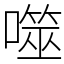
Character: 噬